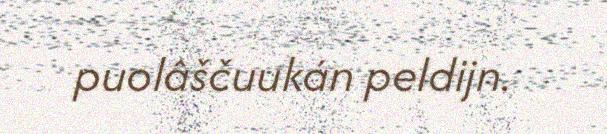
puolâščuukán peldijn.